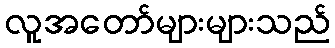
လူအတော်များများသည်